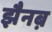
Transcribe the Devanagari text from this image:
झैनब़